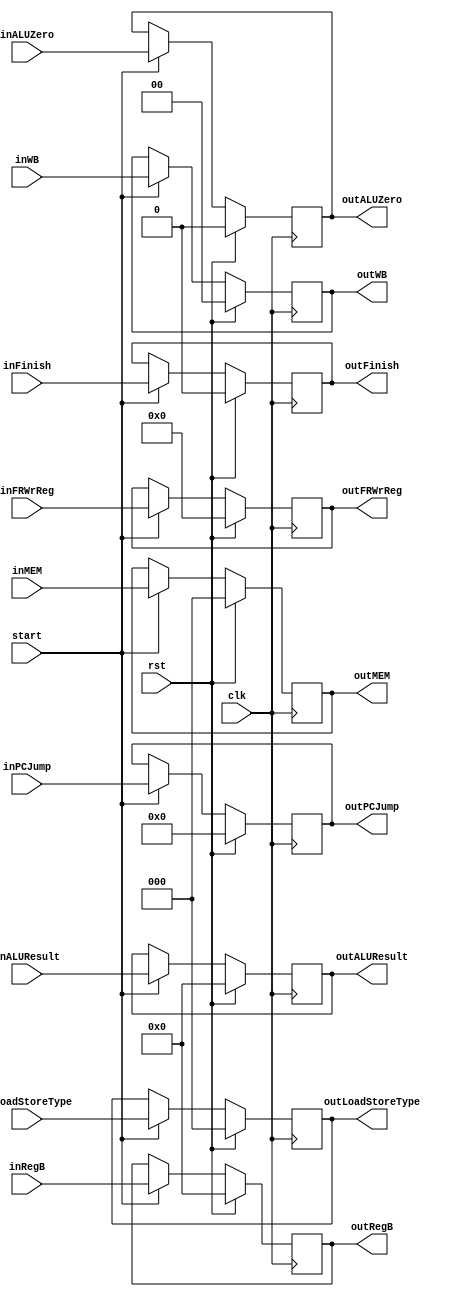
`timescale 1ns / 1ps
//////////////////////////////////////////////////////////////////////////////////
// Company: 
// Engineer: 
// 
// Design Name: 
// Module Name: EX_MEM_latch
// Project Name: 
// Target Devices: 
// Tool Versions: 
// Description: 
// 
// Dependencies: 
// 
// Revision:
// Revision 0.01 - File Created
// Additional Comments:
// 
//////////////////////////////////////////////////////////////////////////////////


module EX_MEM_latch(
    input           clk,
    input           rst,
    input           inALUZero,
    input           start,
    input           inFinish,
    input [1:0]     inWB,
    input [2:0]     inMEM,
    input [2:0]     inLoadStoreType,
    input [4:0]     inFRWrReg,
    input [10:0]    inPCJump,
    input [31:0]    inALUResult,
    input [31:0]    inRegB,
    output          outALUZero,
    output          outFinish,
    output [1:0]    outWB,
    output [2:0]    outMEM,
    output [2:0]    outLoadStoreType,
    output [4:0]    outFRWrReg,
    output [10:0]   outPCJump,
    output [31:0]   outALUResult,
    output [31:0]   outRegB
    );
    
    reg finish;
    reg  ALUZero;
    reg [1:0] WB;
    reg [2:0] MEM;
    reg [2:0] LoadStoreType;
    reg [4:0] FRWrReg;
    reg [10:0] PCJump;
    reg [31:0] ALUResult;
    reg [31:0] RegB;

    always @(posedge clk)
    begin
        if(rst)
        begin
            finish <= 1'b0;
            ALUZero <= 1'b0;
            WB <= 2'b0;
            MEM <= 3'b0;
            LoadStoreType <= 3'b0;
            FRWrReg <= 5'b0;
            ALUResult <= 32'b0;
            RegB <= 32'b0;
            PCJump <= 11'b0;
        end
        else if (start)
        begin
            finish <= inFinish;
            ALUZero <= inALUZero;
            WB <= inWB;
            MEM <= inMEM;
            LoadStoreType <= inLoadStoreType;
            FRWrReg <= inFRWrReg;
            ALUResult <= inALUResult;
            RegB <= inRegB;
            PCJump <= inPCJump;
        end
    end
    
    assign outFinish = finish;
    assign outALUZero = ALUZero;
    assign outWB = WB;
    assign outMEM = MEM;
    assign outLoadStoreType = LoadStoreType;
    assign outFRWrReg = FRWrReg;
    assign outALUResult = ALUResult;
    assign outRegB = RegB;
    assign outPCJump = PCJump;

endmodule